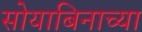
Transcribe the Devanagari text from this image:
सोयाबिनाच्या